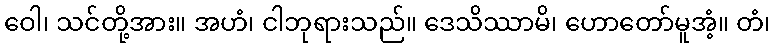
ဝေါ၊ သင်တို့အား။ အဟံ၊ ငါဘုရားသည်။ ဒေသိဿာမိ၊ ဟောတော်မူအံ့။ တံ၊